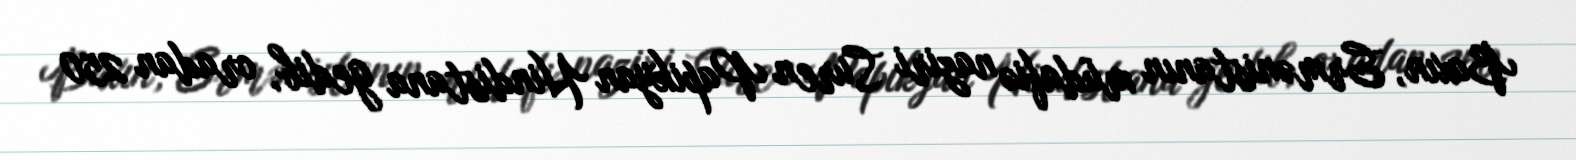
Baxın, Ermənistanın müdafiə naziri Suren Papikyan Hindistana gedib, oradan 250